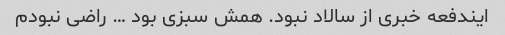
ایندفعه خبری از سالاد نبود. همش سبزی بود … راضی نبودم